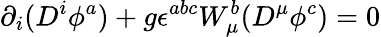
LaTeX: \partial_{i}(D^{i}\phi^{a})+g\epsilon^{abc}W_{\mu}^{b}(D^{\mu}\phi^{c})=0